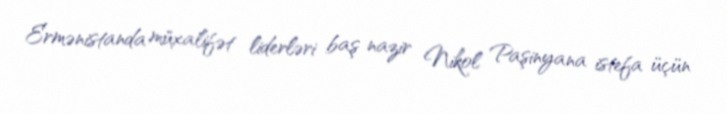
Ermənistanda müxalifət liderləri baş nazir Nikol Paşinyana istefa üçün